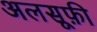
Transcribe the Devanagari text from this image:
अलसूफ़ी